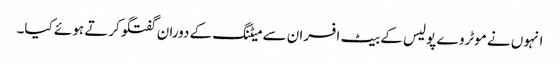
انہوں نے موٹروے پولیس کے بیٹ افسران سے میٹنگ کے دوران گفتگوکرتے ہوئے کیا۔